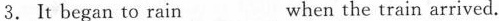
3.It began to rain___when the train arrived.